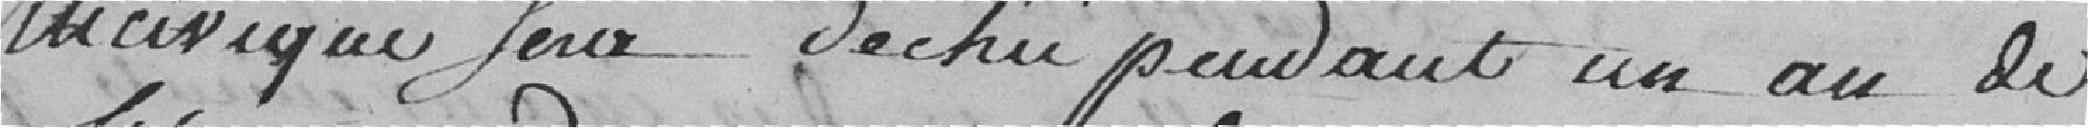
incivique sera déchu pendant un an de